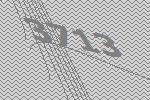
3713